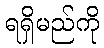
ရရှိမည်ကို